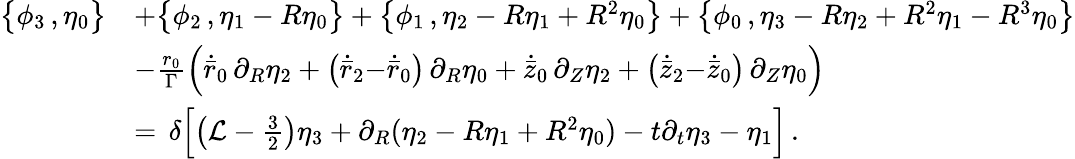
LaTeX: \begin{array}{rl}{\bigl\{ \phi_{3}\, ,\eta_{0}\bigr\} }&{+\bigl\{ \phi_{2}\, ,\eta_{1}-R\eta_{0}\bigr\} +\bigl\{ \phi_{1}\, ,\eta_{2}-R\eta_{1}+R^{2}\eta_{0}\bigr\} +\bigl\{ \phi_{0}\, ,\eta_{3}-R\eta_{2}+R^{2}\eta_{1}-R^{3}\eta_{0}\bigr\} }\\ &{-\frac{r_{0}}{\Gamma}\Bigl(\dot{\bar{r}}_{0}\, \partial_{R}\eta_{2}+\bigl(\dot{\bar{r}}_{2}{-}\dot{\bar{r}}_{0}\bigr)\, \partial_{R}\eta_{0}+\dot{\bar{z}}_{0}\, \partial_{Z}\eta_{2}+\bigl(\dot{\bar{z}}_{2}{-}\dot{\bar{z}}_{0}\bigr)\, \partial_{Z}\eta_{0}\Bigr)}\\ {\, }&{=\, \delta\Bigl[\bigl(\mathcal{L}-{\textstyle\frac{3}{2}}\bigr)\eta_{3}+\partial_{R}(\eta_{2}-R\eta_{1}+R^{2}\eta_{0})-t\partial_{t}\eta_{3}-\eta_{1}\Bigr]\, .}\end{array}